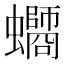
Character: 𧔸